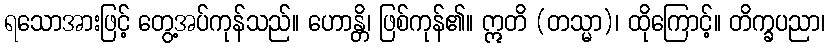
ရသောအားဖြင့် တွေ့အပ်ကုန်သည်။ ဟောန္တိ၊ ဖြစ်ကုန်၏။ ဣတိ (တသ္မာ)၊ ထိုကြောင့်။ တိက္ခပညာ၊